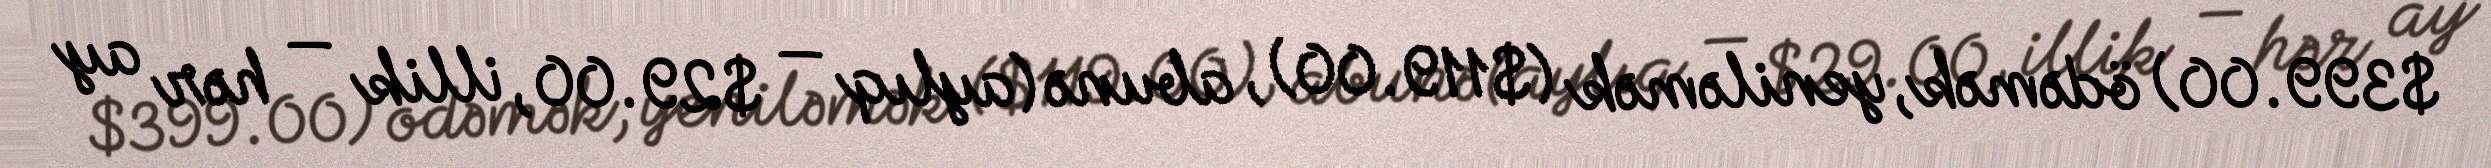
$399.00) ödəmək, yeniləmək ($119.00), abunə (aylıq — $29.00, illik — hər ay